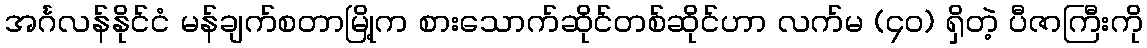
အင်္ဂလန်နိုင်ငံ မန်ချက်စတာမြို့က စားသောက်ဆိုင်တစ်ဆိုင်ဟာ လက်မ (၄၀) ရှိတဲ့ ပီဇာကြီးကို